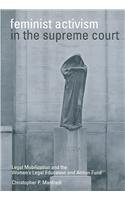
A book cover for Feminist Activism in the Supreme Court: Legal Mobilization and the Women's Legal Education and Action Fund (Law and Society Series); Christopher Manfredi; Gay & Lesbian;